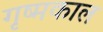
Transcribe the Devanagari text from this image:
गृष्मकाल